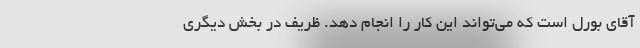
آقای بورل است که می‌تواند این کار را انجام دهد. ظریف در بخش دیگری